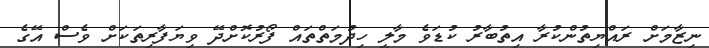
ނިޒާމަށް ރައްޔިތުންކުރާ އިތުބާރު ކުޑަވެ މާލީ ހިދުމަތްތައް ފޯރުކޮށްދޭ ވިޔަފާރިތަކަށް ވެސް އޭގެ